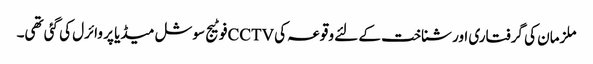
ملزمان کی گرفتاری اور شناخت کے لئے وقوعہ کی CCTVفوٹیج سوشل میڈیا پر وائرل کی گئی تھی۔